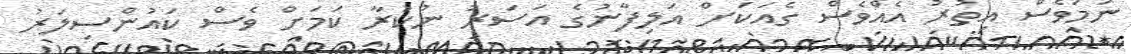
ނަމަވެސް އިތުރު އެއްވެސް ގެއަކަށް އަލިފާނުގެ އަސަރު ނުކުރާ ކަމަށް ވެސް ކައުންސިލަރު